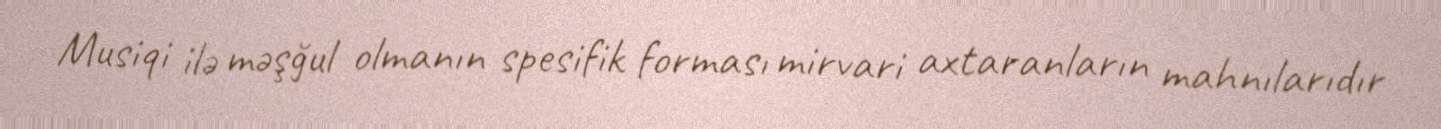
Musiqi ilə məşğul olmanın spesifik forması mirvari axtaranların mahnılarıdır